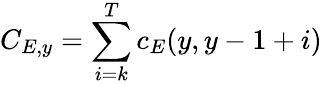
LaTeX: C_{E,y}=\sum_{i=k}^{T}c_{E}(y,y-1+i)